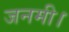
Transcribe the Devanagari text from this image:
जनमी।